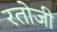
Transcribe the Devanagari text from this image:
रतोजी